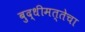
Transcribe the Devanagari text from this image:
बुद्धीमत्तेचा